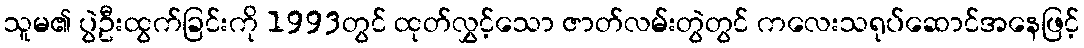
သူမ၏ ပွဲဦးထွက်ခြင်းကို 1993တွင် ထုတ်လွှင့်သော ဇာတ်လမ်းတွဲတွင် ကလေးသရုပ်ဆောင်အနေဖြင့်